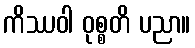
ကိဿဝါ ဝုစ္စတိ ပညာ။